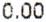
0.00